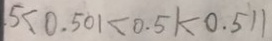
. 5 < 0 . 5 0 1 < 0 . 5 1 < 0 . 5 1 1